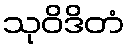
သုဝိဒိတံ